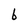
Character: b